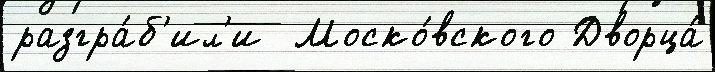
разгра́б'ил'и  Моско́вского Дворца́